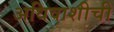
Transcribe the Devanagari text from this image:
अधिवाशीची